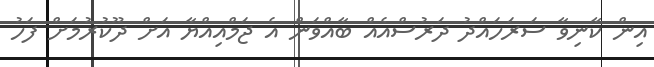
އިން ކާނިވާ ސަރަހައްދު ދަރުސްއެއް ބާއްވަން އެ ޖަމްއިއްޔާ އަށް ދޫކުރުމަށް ފަހު